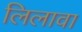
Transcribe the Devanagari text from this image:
लिलावा